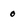
Character: o